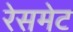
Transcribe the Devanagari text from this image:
रेसमेट